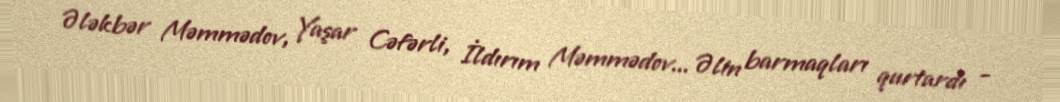
Ələkbər Məmmədov, Yaşar Cəfərli, İldırım Məmmədov... Əlin barmaqları qurtardı -